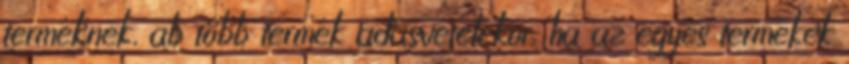
terméknek, ab több termék adásvételekor, ha az egyes termékek